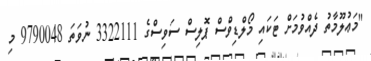
"މަޢުލޫމާތު ދެއްވުމަށް ޓަކައި މޯލްޑިވްސް ޕޮލިސް ސަވިސްގެ 3322111 ނުވަތަ 9790048 މި